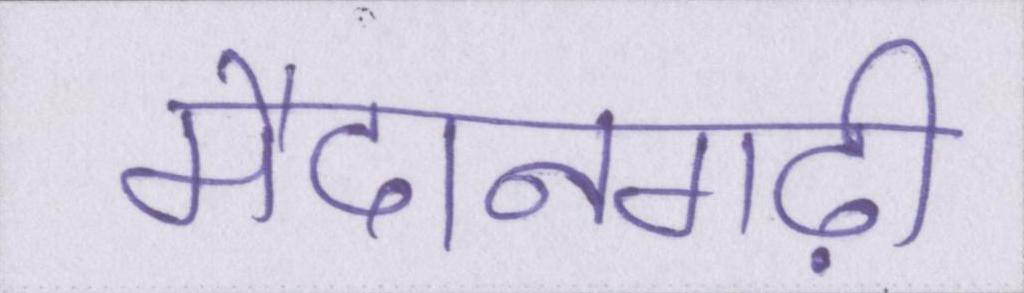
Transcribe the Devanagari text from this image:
मैदानगढ़ी